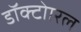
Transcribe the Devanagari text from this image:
डॉक्टोारल